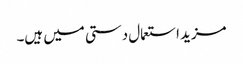
مزید استعمال دستی میں ہیں۔